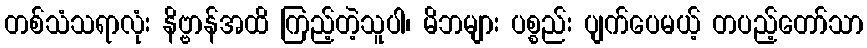
တစ်သံသရာလုံး နိဗ္ဗာန်အထိ ကြည့်တဲ့သူပါ၊ မိဘများ ပစ္စည်း ပျက်ပေမယ့် တပည့်တော်သာ